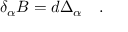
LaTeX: \quad \delta _ { \alpha } B = d \Delta _ { \alpha } \quad .